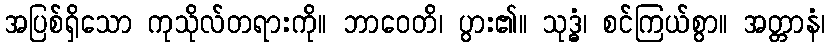
အပြစ်ရှိသော ကုသိုလ်တရားကို။ ဘာဝေတိ၊ ပွား၏။ သုဒ္ဓံ၊ စင်ကြယ်စွာ။ အတ္တာနံ၊